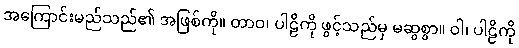
အကြောင်းမည်သည်၏ အဖြစ်ကို။ တာဝ၊ ပါဠိကို ဖွင့်သည်မှ မဆွစွာ။ ဝါ၊ ပါဠိကို